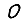
Digit: 0